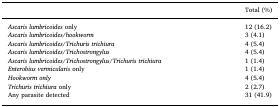
<table><thead><tr><td></td><td><b>Total (%)</b></td></tr></thead><tbody><tr><td><i>Ascaris lumbricoides</i> only</td><td>12 (16.2)</td></tr><tr><td><i>Ascaris lumbricoides</i>/<i>hookworm</i></td><td>3 (4.1)</td></tr><tr><td><i>Ascaris lumbricoides</i>/<i>Trichuris trichiura</i></td><td>4 (5.4)</td></tr><tr><td><i>Ascaris lumbricoides</i>/<i>Trichostrongylus</i></td><td>4 (5.4)</td></tr><tr><td><i>Ascaris lumbricoides</i>/<i>Trichostrongylus</i>/<i>Trichuris trichiura</i></td><td>1 (1.4)</td></tr><tr><td><i>Enterobius vermicularis</i> only</td><td>1 (1.4)</td></tr><tr><td><i>Hookworm only</i></td><td>4 (5.4)</td></tr><tr><td><i>Trichuris trichiura</i> only</td><td>2 (2.7)</td></tr><tr><td>Any parasite detected</td><td>31 (41.9)</td></tr></tbody></table>